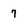
Character: 7